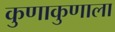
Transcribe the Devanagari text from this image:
कुणाकुणाला